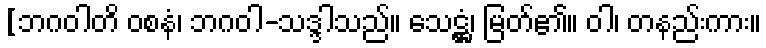
[ဘဂဝါတိ ဝစနံ၊ ဘဂဝါ-သဒ္ဒါသည်။ သေဋ္ဌံ၊ မြတ်၏။ ဝါ၊ တနည်းကား။